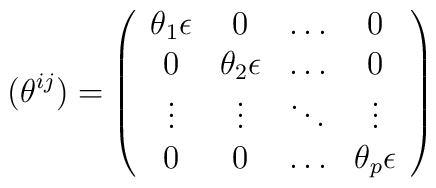
(\theta^{ij}) = \left( \begin{array}{cccc} \theta_{1}{\bf \epsilon} & 0 & \dots & 0\\0 & \theta_{2}{\bf \epsilon} & \dots & 0\\\vdots  & \vdots & \ddots & \vdots\\0 & 0 & \dots  & \theta_{p}{\bf \epsilon} \end{array} \right)